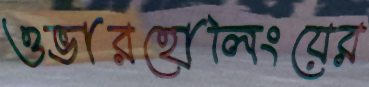
ওভারহোলিংয়ের